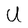
Character: U